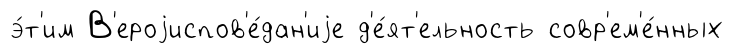
э́т'им В'ероjиспов'е́дан'иjе д'е́ят'ельность совр'ем'е́нных